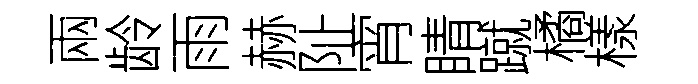
兩龄雨赫阯宵睛蹴橘樣